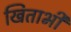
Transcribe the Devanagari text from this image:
खिताभी